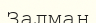
Залман